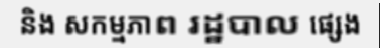
និង សកម្មភាព រដ្ឋបាល ផ្សេង